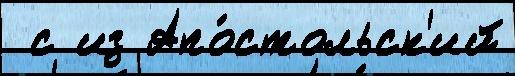
 с из Апо́стольск'ий